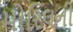
મોરિલની